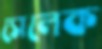
সেলেক